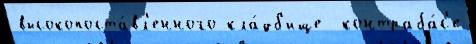
высокопоста́вл'енного кла́дб'ище  контраба́с'е